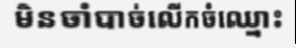
មិនចាំបាច់លើកចំឈ្មោះ